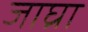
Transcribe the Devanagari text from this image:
जाघ्रा